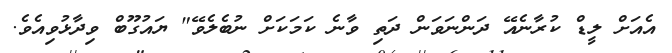
އެއަށް ލީޑް ކުރާނެއޭ ދަންނަވަން ދަތި ވާނެ ކަމަކަށް ނުބެލެވޭ" ޔައުގޫބް ވިދާޅުވިއެވެ.